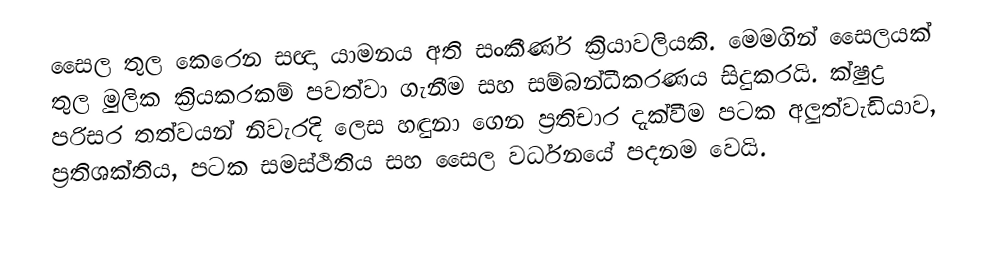
සෛල තුල කෙරෙන සඥා යාමනය අති සංකීර්ණ ක්‍රියාවලියකි. මෙමගින් සෛලයක් තුල මුලික ක්‍රියකරකම් පවත්වා ගැනීම සහ සම්බන්ධීකරණය සිදුකරයි. ක්ෂුද්‍ර පරිසර තත්වයන් නිවැරදි ලෙස හඳුනා ගෙන ප්‍රතිචාර දැක්වීම පටක අලුත්වැඩියාව, ප්‍රතිශක්තිය, පටක සමස්ථිතිය සහ සෛල වර්ධනයේ පදනම වෙයි.